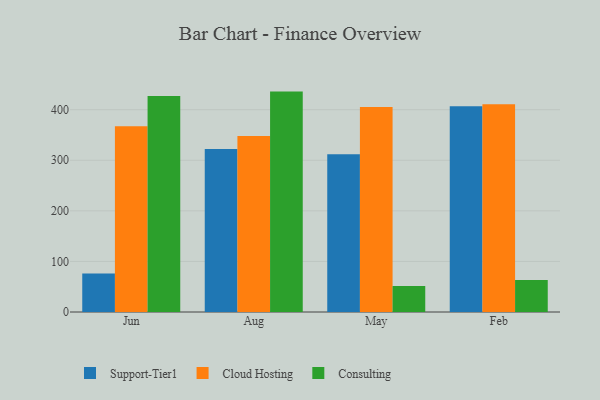
{"axis": {"x": "Month", "y": "Inventory Turnover"}, "legend": ["Cloud Hosting", "Consulting", "Support-Tier1"], "data": [{"x": "Jun", "y": 75.9, "type": "Support-Tier1"}, {"x": "Jun", "y": 367.3, "type": "Cloud Hosting"}, {"x": "Jun", "y": 427.1, "type": "Consulting"}, {"x": "Aug", "y": 322.3, "type": "Support-Tier1"}, {"x": "Aug", "y": 348.2, "type": "Cloud Hosting"}, {"x": "Aug", "y": 435.8, "type": "Consulting"}, {"x": "May", "y": 311.8, "type": "Support-Tier1"}, {"x": "May", "y": 405.5, "type": "Cloud Hosting"}, {"x": "May", "y": 51.5, "type": "Consulting"}, {"x": "Feb", "y": 406.9, "type": "Support-Tier1"}, {"x": "Feb", "y": 410.8, "type": "Cloud Hosting"}, {"x": "Feb", "y": 63.3, "type": "Consulting"}]}